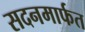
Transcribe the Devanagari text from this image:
सदनमार्फत